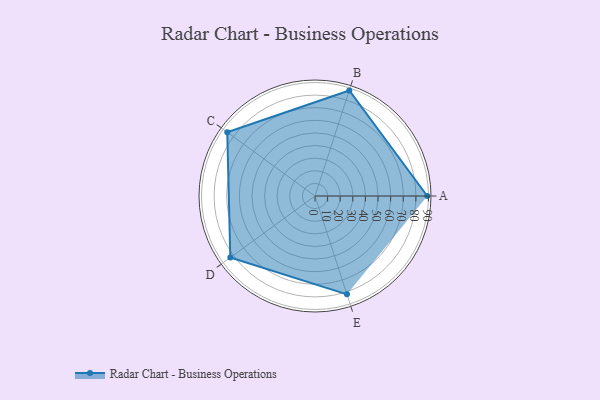
{"axis": {"x": "Skill", "y": "Score"}, "legend": ["Profile"], "data": [{"x": "A", "y": 89.0, "type": "Profile"}, {"x": "B", "y": 88.0, "type": "Profile"}, {"x": "C", "y": 86.0, "type": "Profile"}, {"x": "D", "y": 83.0, "type": "Profile"}, {"x": "E", "y": 82.0, "type": "Profile"}]}